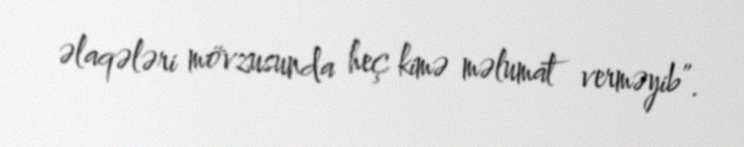
əlaqələri mövzusunda heç kimə məlumat verməyib”.